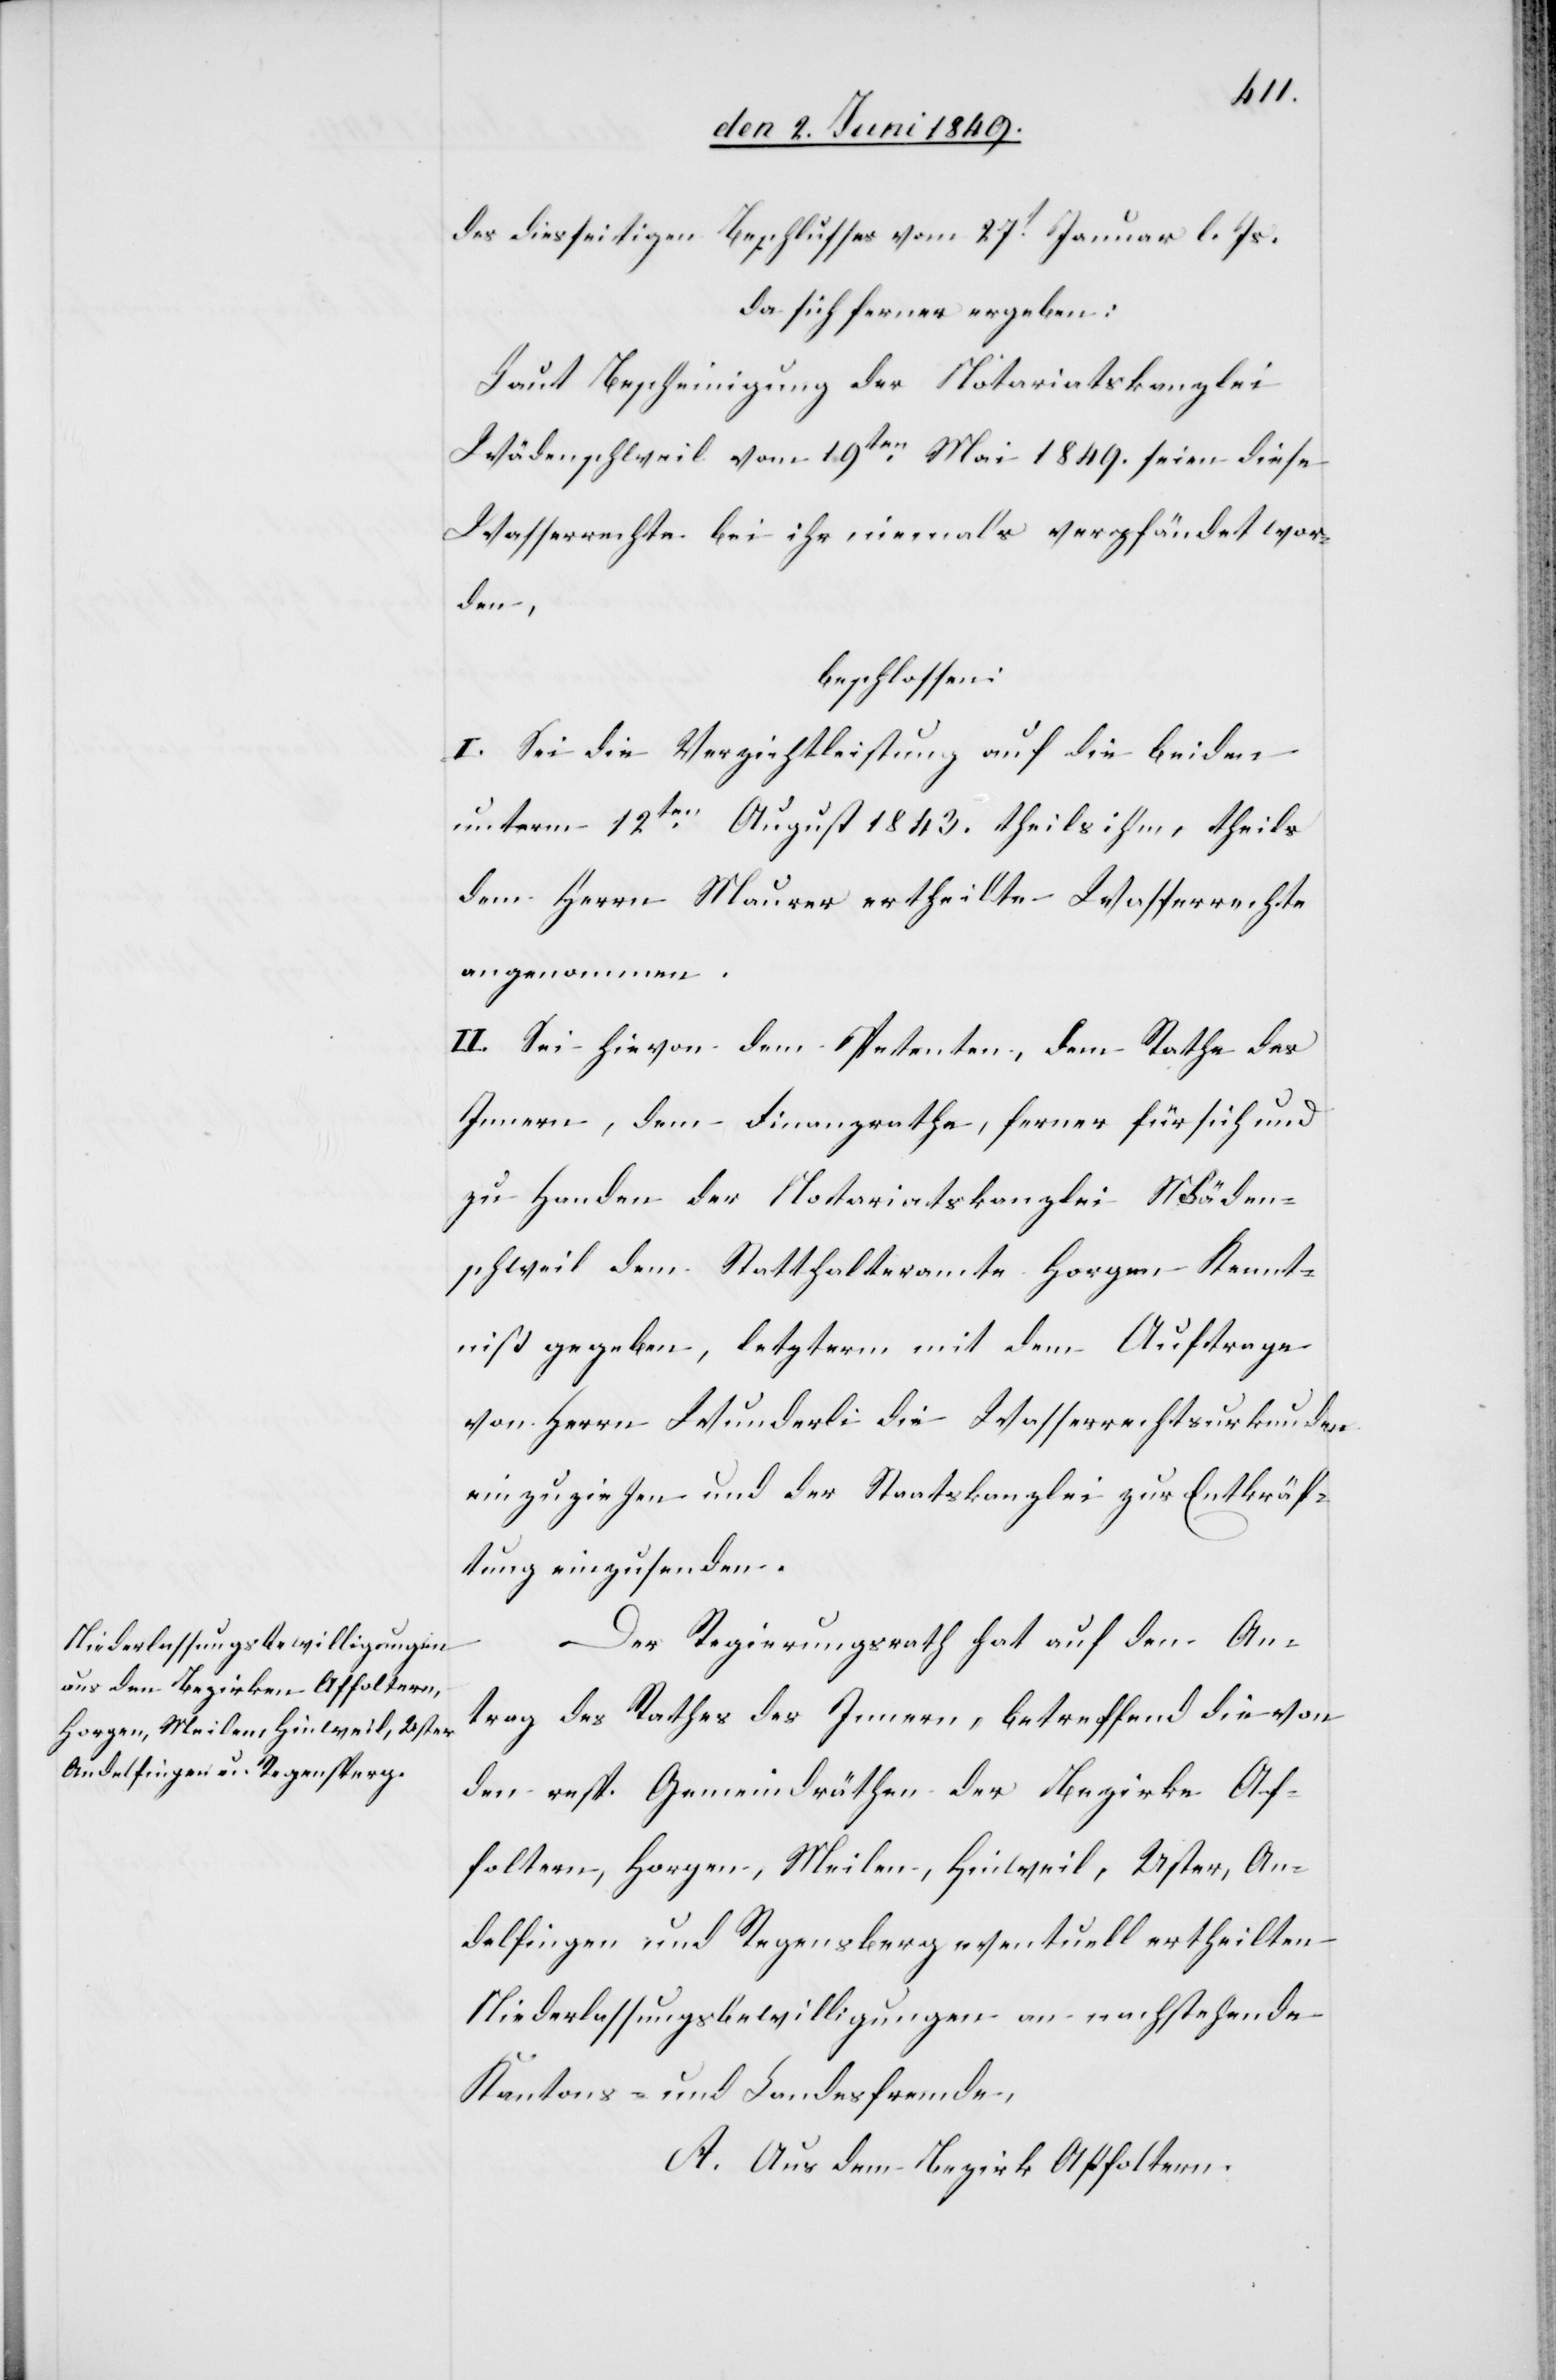
des diesseitigen Beschlusses vom 27t Januar l. Js.
da sich ferner ergeben:
Laut Bescheinigung der Notariatskanzlei
Wädenschweil vom 19ten Mai 1849. seien diese
Wasserrechte bei ihr niemals verpfändet wor¬
den,
beschlossen:
I. Sei die Verzichtleistung auf die beiden
unterm 12ten August 1843. theils ihm, theils
dem Herrn Maurer ertheilte Wasserrechte
angenommen.
II. Sei hievon dem Petenten, dem Rathe des
Innern, dem Finanzrathe, ferner für sich und
zu Handen der Notariatskanzlei Wäden¬
schweil dem Statthalteramte Horgen, Kennt¬
niß gegeben, letzterm mit dem Auftrage
von Herrn Wunderli die Wasserrechtsurkunde
einzuziehen und der Staatskanzlei zur Entkräf¬
tung einzusenden.
Der Regierungsrath hat auf den An¬
trag des Rathes des Innern, betreffend die von
den resp. Gemeindräthen der Bezirke Af¬
foltern, Horgen, Meilen, Hinweil, Uster, An¬
delfingen und Regensberg eventuell ertheilten
Niederlassungsbewilligungen an nachstehende
Kantons- und Landesfremde,
A. Aus dem Bezirk Affoltern.